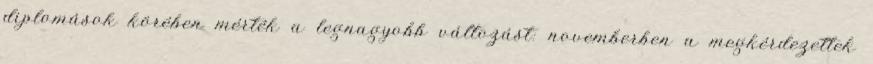
diplomások körében mérték a legnagyobb változást: novemberben a megkérdezettek